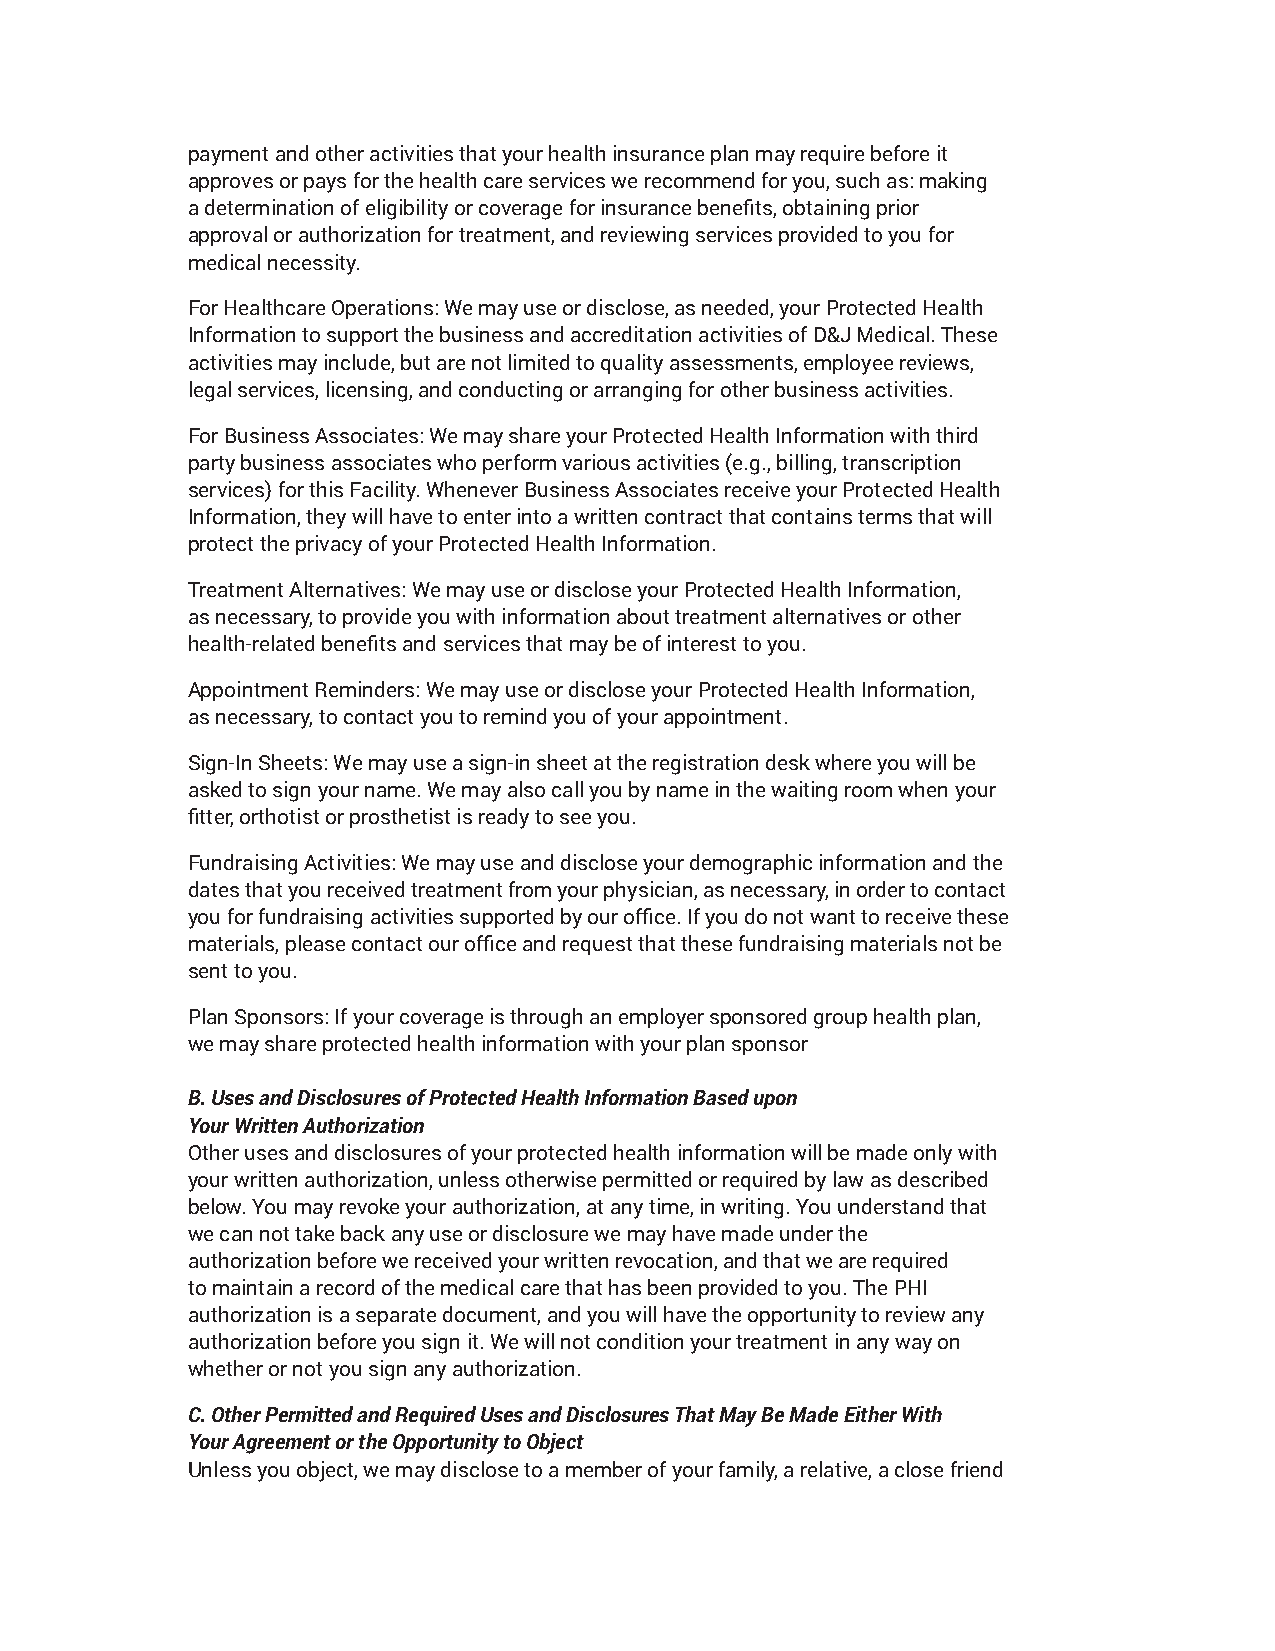
payment and other activities that your health insurance plan may require before it
 approves or pays for the health care services we recommend for you, such as: making
 a determination of eligibility or coverage for insurance benefits, obtaining prior
 approval or authorization for treatment, and reviewing services provided to you for
 medical necessity.
 For Healthcare Operations: We may use or disclose, as needed, your Protected Health
 Information to support the business and accreditation activities of D&J Medical. These
 activities may include, but are not limited to quality assessments, employee reviews,
 legal services, licensing, and conducting or arranging for other business activities.
 For Business Associates: We may share your Protected Health Information with third
 party business associates who perform various activities (e.g., billing, transcription
 services) for this Facility. Whenever Business Associates receive your Protected Health
 Information, they will have to enter into a written contract that contains terms that will
 protect the privacy of your Protected Health Information.
 Treatment Alternatives: We may use or disclose your Protected Health Information,
 as necessary, to provide you with information about treatment alternatives or other
 health-related benefits and services that may be of interest to you.
 Appointment Reminders: We may use or disclose your Protected Health Information,
 as necessary, to contact you to remind you of your appointment.
 Sign-In Sheets: We may use a sign-in sheet at the registration desk where you will be
 asked to sign your name. We may also call you by name in the waiting room when your
 fitter, orthotist or prosthetist is ready to see you.
 Fundraising Activities: We may use and disclose your demographic information and the
 dates that you received treatment from your physician, as necessary, in order to contact
 you for fundraising activities supported by our office. If you do not want to receive these
 materials, please contact our office and request that these fundraising materials not be
 sent to you.
 Plan Sponsors: If your coverage is through an employer sponsored group health plan,
 we may share protected health information with your plan sponsor
 B. Uses and Disclosures of Protected Health Information Based upon
 Your Written Authorization
 Other uses and disclosures of your protected health information will be made only with
 your written authorization, unless otherwise permitted or required by law as described
 below. You may revoke your authorization, at any time, in writing. You understand that
 we can not take back any use or disclosure we may have made under the
 authorization before we received your written revocation, and that we are required
 to maintain a record of the medical care that has been provided to you. The PHI
 authorization is a separate document, and you will have the opportunity to review any
 authorization before you sign it. We will not condition your treatment in any way on
 whether or not you sign any authorization.
 C. Other Permitted and Required Uses and Disclosures That May Be Made Either With
 Your Agreement or the Opportunity to Object
 Unless you object, we may disclose to a member of your family, a relative, a close friend